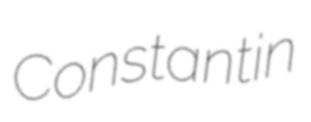
Constantin